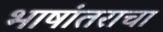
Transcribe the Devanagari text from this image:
भाषांतराचा